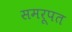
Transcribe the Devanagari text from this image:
समरूपत